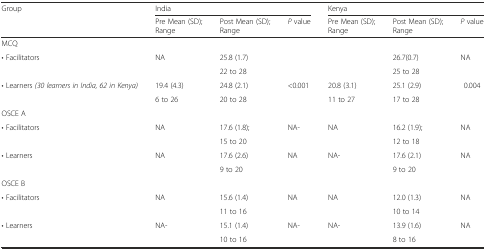
<table><thead><tr><td><b>Group</b></td><td colspan="3"><b>India</b></td><td colspan="3"><b>Kenya</b></td></tr><tr><td>[EMPTY_CELL]</td><td><b>Pre Mean (SD); Range</b></td><td><b>Post Mean (SD); Range</b></td><td><b><i>P</i> value</b></td><td><b>Pre Mean (SD); Range</b></td><td><b>Post Mean (SD); Range</b></td><td><b><i>P</i> value</b></td></tr></thead><tbody><tr><td>MCQ</td><td>[EMPTY_CELL]</td><td>[EMPTY_CELL]</td><td>[EMPTY_CELL]</td><td>[EMPTY_CELL]</td><td>[EMPTY_CELL]</td><td>[EMPTY_CELL]</td></tr><tr><td rowspan="2">• Facilitators</td><td rowspan="2">NA</td><td>25.8 (1.7)</td><td rowspan="2">[EMPTY_CELL]</td><td rowspan="2">[EMPTY_CELL]</td><td>26.7(0.7)</td><td rowspan="2">NA</td></tr><tr><td>22 to 28</td><td>25 to 28</td></tr><tr><td rowspan="2">• Learners <i>(30 learners in India, 62 in Kenya)</i></td><td>19.4 (4.3)</td><td>24.8 (2.1)</td><td rowspan="2">&lt;0.001</td><td>20.8 (3.1)</td><td>25.1 (2.9)</td><td rowspan="2">0.004</td></tr><tr><td>6 to 26</td><td>20 to 28</td><td>11 to 27</td><td>17 to 28</td></tr><tr><td>OSCE A</td><td>[EMPTY_CELL]</td><td>[EMPTY_CELL]</td><td>[EMPTY_CELL]</td><td>[EMPTY_CELL]</td><td>[EMPTY_CELL]</td><td>[EMPTY_CELL]</td></tr><tr><td rowspan="2">• Facilitators</td><td rowspan="2">NA</td><td>17.6 (1.8);</td><td rowspan="2">NA-</td><td rowspan="2">NA</td><td>16.2 (1.9);</td><td rowspan="2">NA</td></tr><tr><td>15 to 20</td><td>12 to 18</td></tr><tr><td rowspan="2">• Learners</td><td rowspan="2">NA</td><td>17.6 (2.6)</td><td rowspan="2">NA</td><td rowspan="2">NA-</td><td>17.6 (2.1)</td><td rowspan="2">NA</td></tr><tr><td>9 to 20</td><td>9 to 20</td></tr><tr><td>OSCE B</td><td>[EMPTY_CELL]</td><td>[EMPTY_CELL]</td><td>[EMPTY_CELL]</td><td>[EMPTY_CELL]</td><td>[EMPTY_CELL]</td><td>[EMPTY_CELL]</td></tr><tr><td rowspan="2">• Facilitators</td><td rowspan="2">NA</td><td>15.6 (1.4)</td><td rowspan="2">NA</td><td rowspan="2">NA</td><td>12.0 (1.3)</td><td rowspan="2">NA</td></tr><tr><td>11 to 16</td><td>10 to 14</td></tr><tr><td rowspan="2">• Learners</td><td rowspan="2">NA-</td><td>15.1 (1.4)</td><td rowspan="2">NA-</td><td rowspan="2">NA-</td><td>13.9 (1.6)</td><td rowspan="2">NA</td></tr><tr><td>10 to 16</td><td>8 to 16</td></tr></tbody></table>